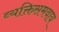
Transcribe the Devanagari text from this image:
व्यक्तिसमवाय